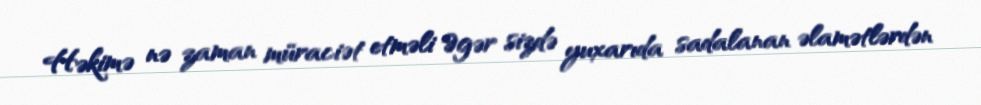
Həkimə nə zaman müraciət etməli Əgər sizdə yuxarıda sadalanan əlamətlərdən